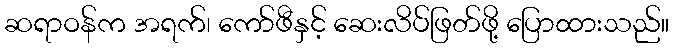
ဆရာဝန်က အရက်၊ ကော်ဖီနှင့် ဆေးလိပ်ဖြတ်ဖို့ ပြောထားသည်။